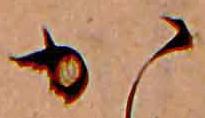
か